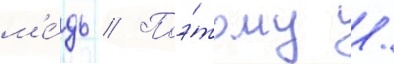
м'е́дь // Поэ́тому /